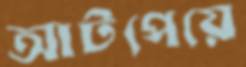
আটপেয়ে